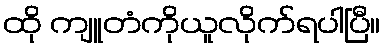
ထို ကျူတံကိုယူလိုက်ရပါပြီ။